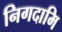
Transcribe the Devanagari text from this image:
निगदामि